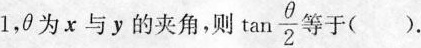
1$$，θ为x与y的夹角，则 $$\tan \frac { θ }{ 2 }$$ 等于( ).